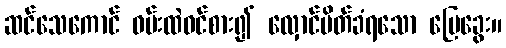
ဆင်သေကောင် ဝမ်းထဲဝင်စား၍ လှောင်ပိတ်ခံရသော မြေခွေး။